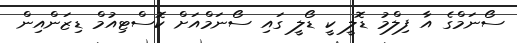
ސޯނަމްގެ އާ ފިލްމު ޑޮލީ ކީ ޑޯލީ ގައި ސޯނަމްއަށް ކޮސްޓިއުމް ޑިޒަންއިން